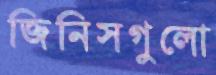
জিনিসগুলো